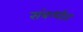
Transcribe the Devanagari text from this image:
संबन्धीत